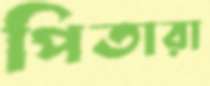
পিতারা